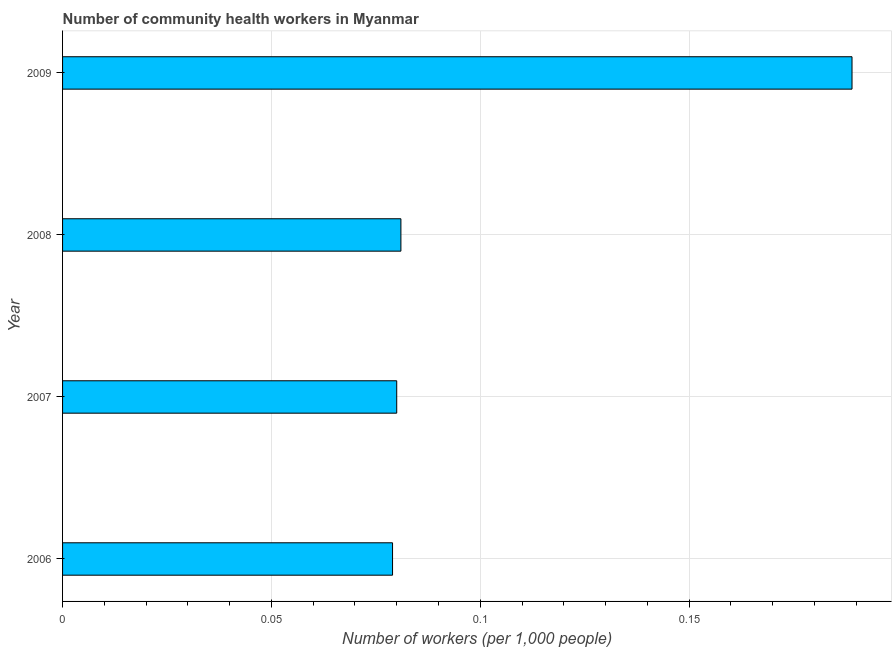
| Year | Community health workers |
 | --- | --- |
 | 2006 | 0.079 |
 | 2007 | 0.08 |
 | 2008 | 0.081 |
 | 2009 | 0.189 |